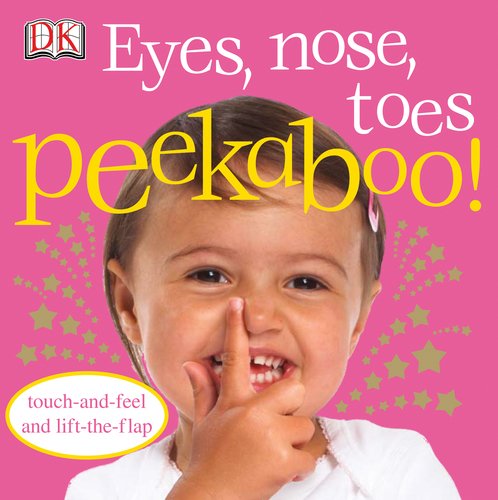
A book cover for Eyes, Nose, Toes (Dk Peekaboo); DK; Children's Books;